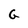
Character: G